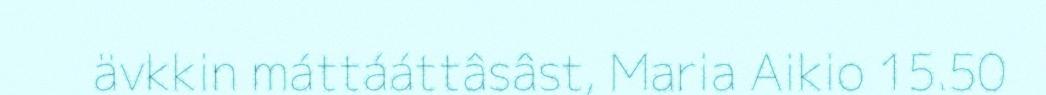
ävkkin máttááttâsâst, Maria Aikio 15.50